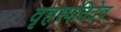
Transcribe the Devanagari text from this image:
वृहस्पतिदेव